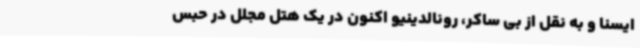
ایسنا و به نقل از بی ساکر، رونالدینیو اکنون در یک هتل مجلل در حبس